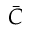
\bar { C }